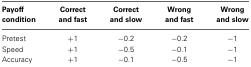
| Payoff condition | Correct and fast | Correct and slow | Wrong and fast | Wrong and slow |
 | --- | --- | --- | --- | --- |
 | Pretest | +1 | −0.2 | −0.2 | −1 |
 | Speed | +1 | −0.5 | −0.1 | −1 |
 | Accuracy | +1 | −0.1 | −0.5 | −1 |